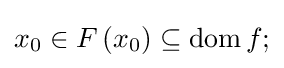
x_{0}\in F\left(x_{0}\right)\subseteq \operatorname {dom} f;